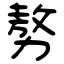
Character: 𠢕